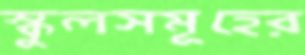
স্কুলসমূহের